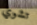
تشوي